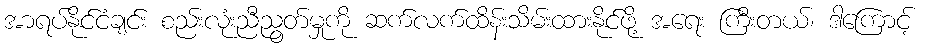
အာရပ်နိုင်ငံချင်း စည်းလုံးညီညွတ်မှုကို ဆက်လက်ထိန်းသိမ်းထားနိုင်ဖို့ အရေး ကြီးတယ်၊ ဒါကြောင့်